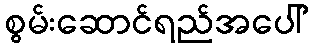
စွမ်းဆောင်ရည်အပေါ်